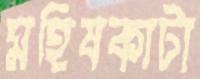
মহিষকাটা